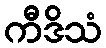
ကီဒိသံ